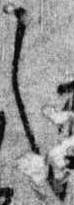
之